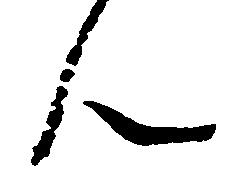
ん